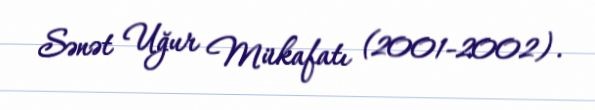
Sənət Uğur Mükafatı (2001-2002).